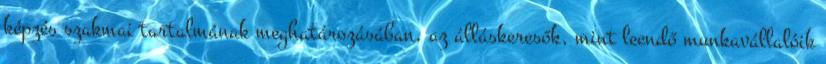
képzés szakmai tartalmának meghatározásában, az álláskeresők, mint leendő munkavállalóik